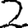
Digit: 2